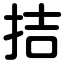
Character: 拮